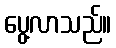
ပွေ့လာသည်။